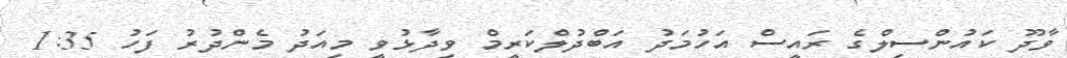
ވާދޫ ކައުންސިލްގެ ރައީސް އަހުމަދު އަބްދުލްކަރީމް ވިދާޅުވީ މިއަދު މެންދުރު ފަހު 1:35